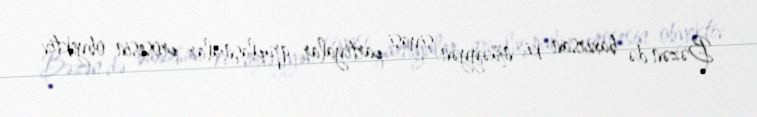
Bəzən də baxırsan ki, müəyyən siyasi partiyalar, qruplaşmalar prosesin obyektiv